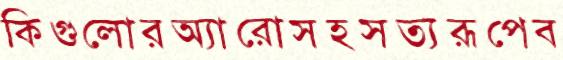
কিগুলোরঅ্যারোসহসত্যরূপেব